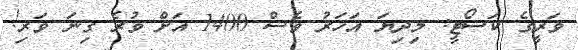
ވަރީގެ ކަސޯޓީ: މިދިޔަ އަހަރު ވެސް 1400 އަށް ވުރެ ގިނަ ވަރި!